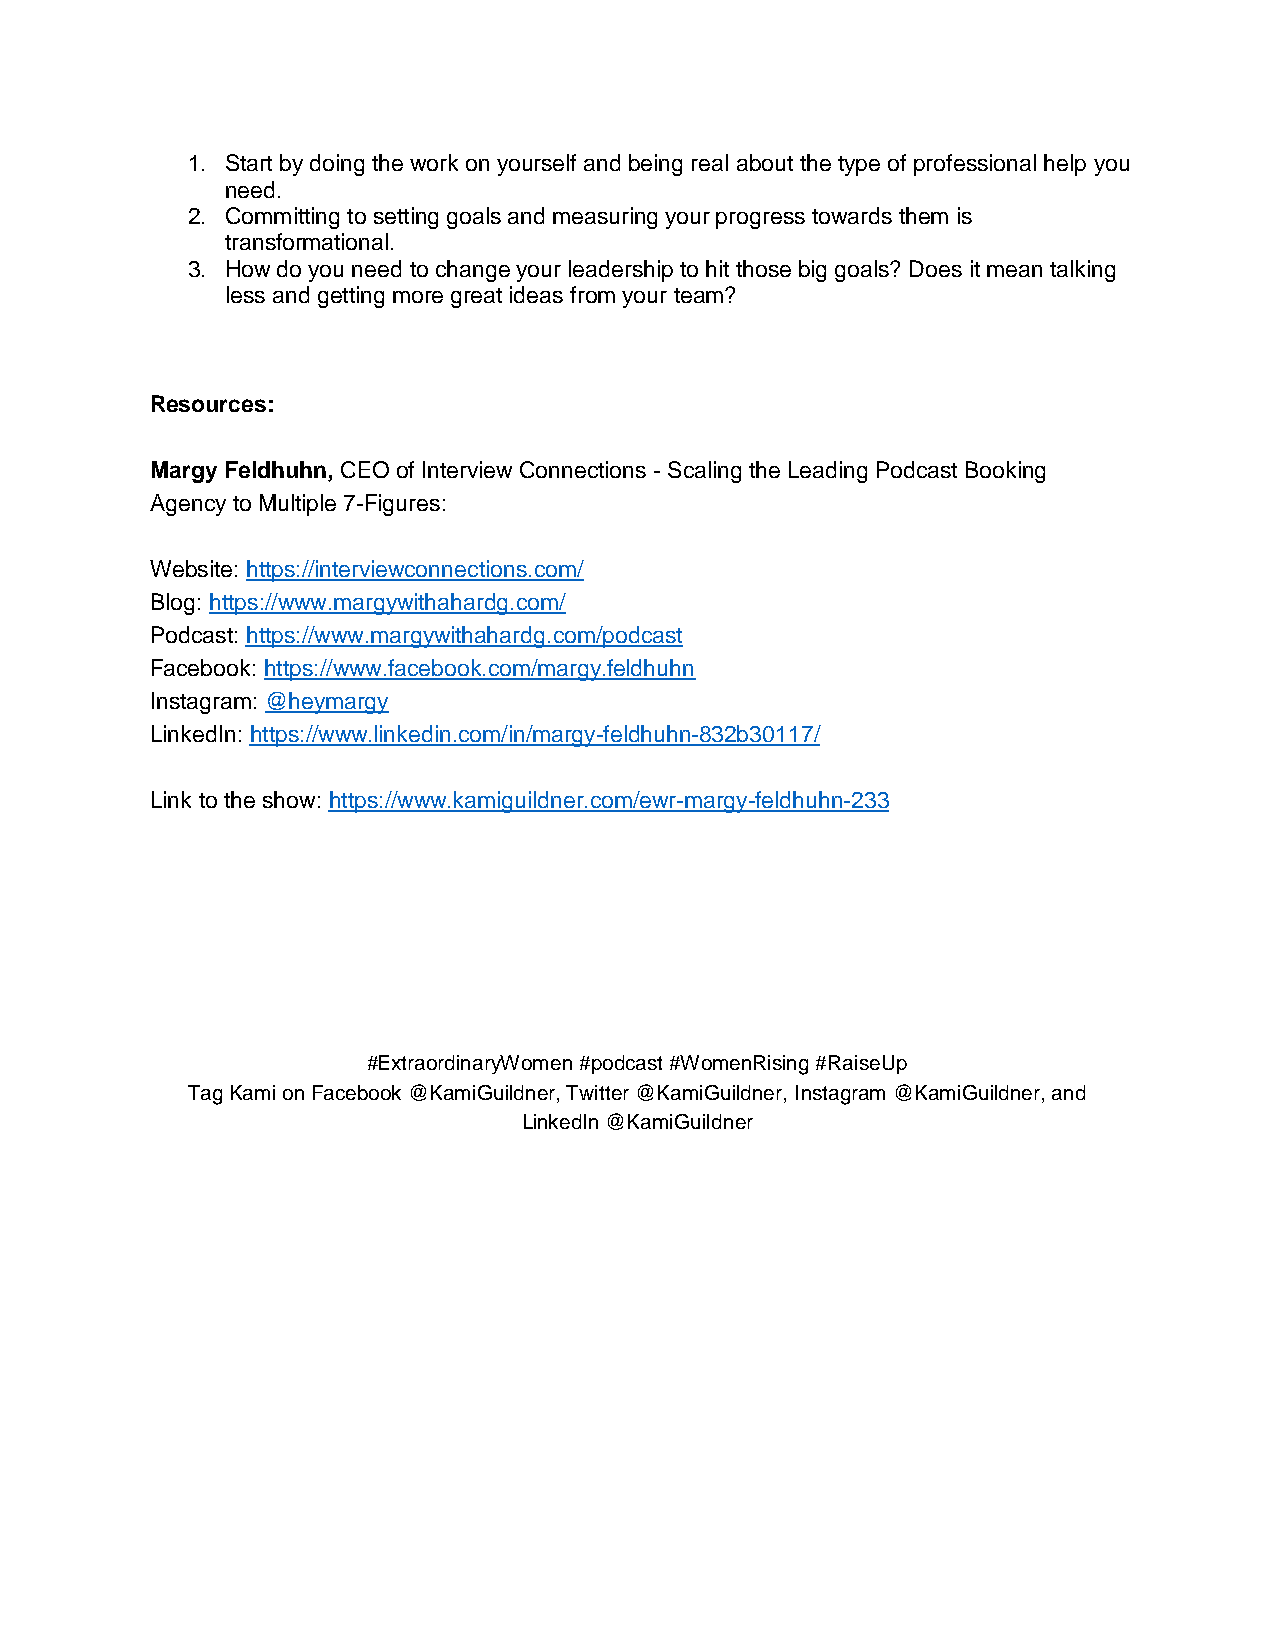
1. Start by doing the work on yourself and being real about the type of professional help you
 need.
 2. Committing to setting goals and measuring your progress towards them is
 transformational.
 3. How do you need to change your leadership to hit those big goals? Does it mean talking
 less and getting more great ideas from your team?
 Resources:
 Margy Feldhuhn, CEO of Interview Connections - Scaling the Leading Podcast Booking
 Agency to Multiple 7-Figures:
 Website: https://interviewconnections.com/
 Blog: https://www.margywithahardg.com/
 Podcast: https://www.margywithahardg.com/podcast
 Facebook: https://www.facebook.com/margy.feldhuhn
 Instagram: @heymargy
 LinkedIn: https://www.linkedin.com/in/margy-feldhuhn-832b30117/
 Link to the show: https://www.kamiguildner.com/ewr-margy-feldhuhn-233
 #ExtraordinaryWomen #podcast #WomenRising #RaiseUp
 Tag Kami on Facebook @KamiGuildner, Twitter @KamiGuildner, Instagram @KamiGuildner, and
 LinkedIn @KamiGuildner